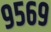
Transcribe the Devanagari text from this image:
९५६९